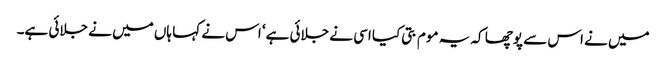
میں نے اس سے پوچھا کہ یہ موم بتی کیا اسی نے جلائی ہے‘ اس نے کہا ہاں میں نے جلائی ہے۔